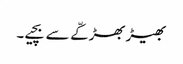
بھیڑ بھڑکّے سے بچیے۔